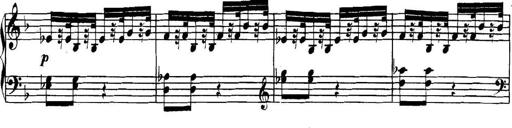
Title: Collected Piano Sonatas
Composer: Muzio Clementi